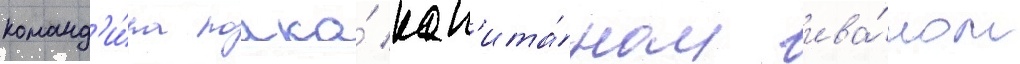
команд'и́ра полка́ кап'ита́ном ива́ном